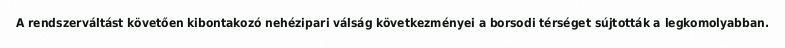
A rendszerváltást követően kibontakozó nehézipari válság következményei a borsodi térséget sújtották a legkomolyabban.